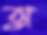
ঝু